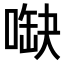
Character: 𠺋